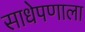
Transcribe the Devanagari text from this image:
साधेपणाला